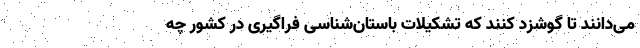
می‌دانند تا گوشزد کنند که تشکیلات باستان‌شناسی فراگیری در کشور چه